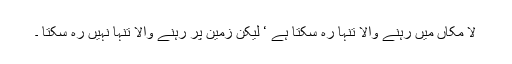
لا مکاں میں رہنے والا تنہا رہ سکتا ہے ‘ لیکن زمین پر رہنے والا تنہا نہیں رہ سکتا ۔